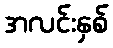
အလင်းနှစ်